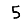
Digit: 5